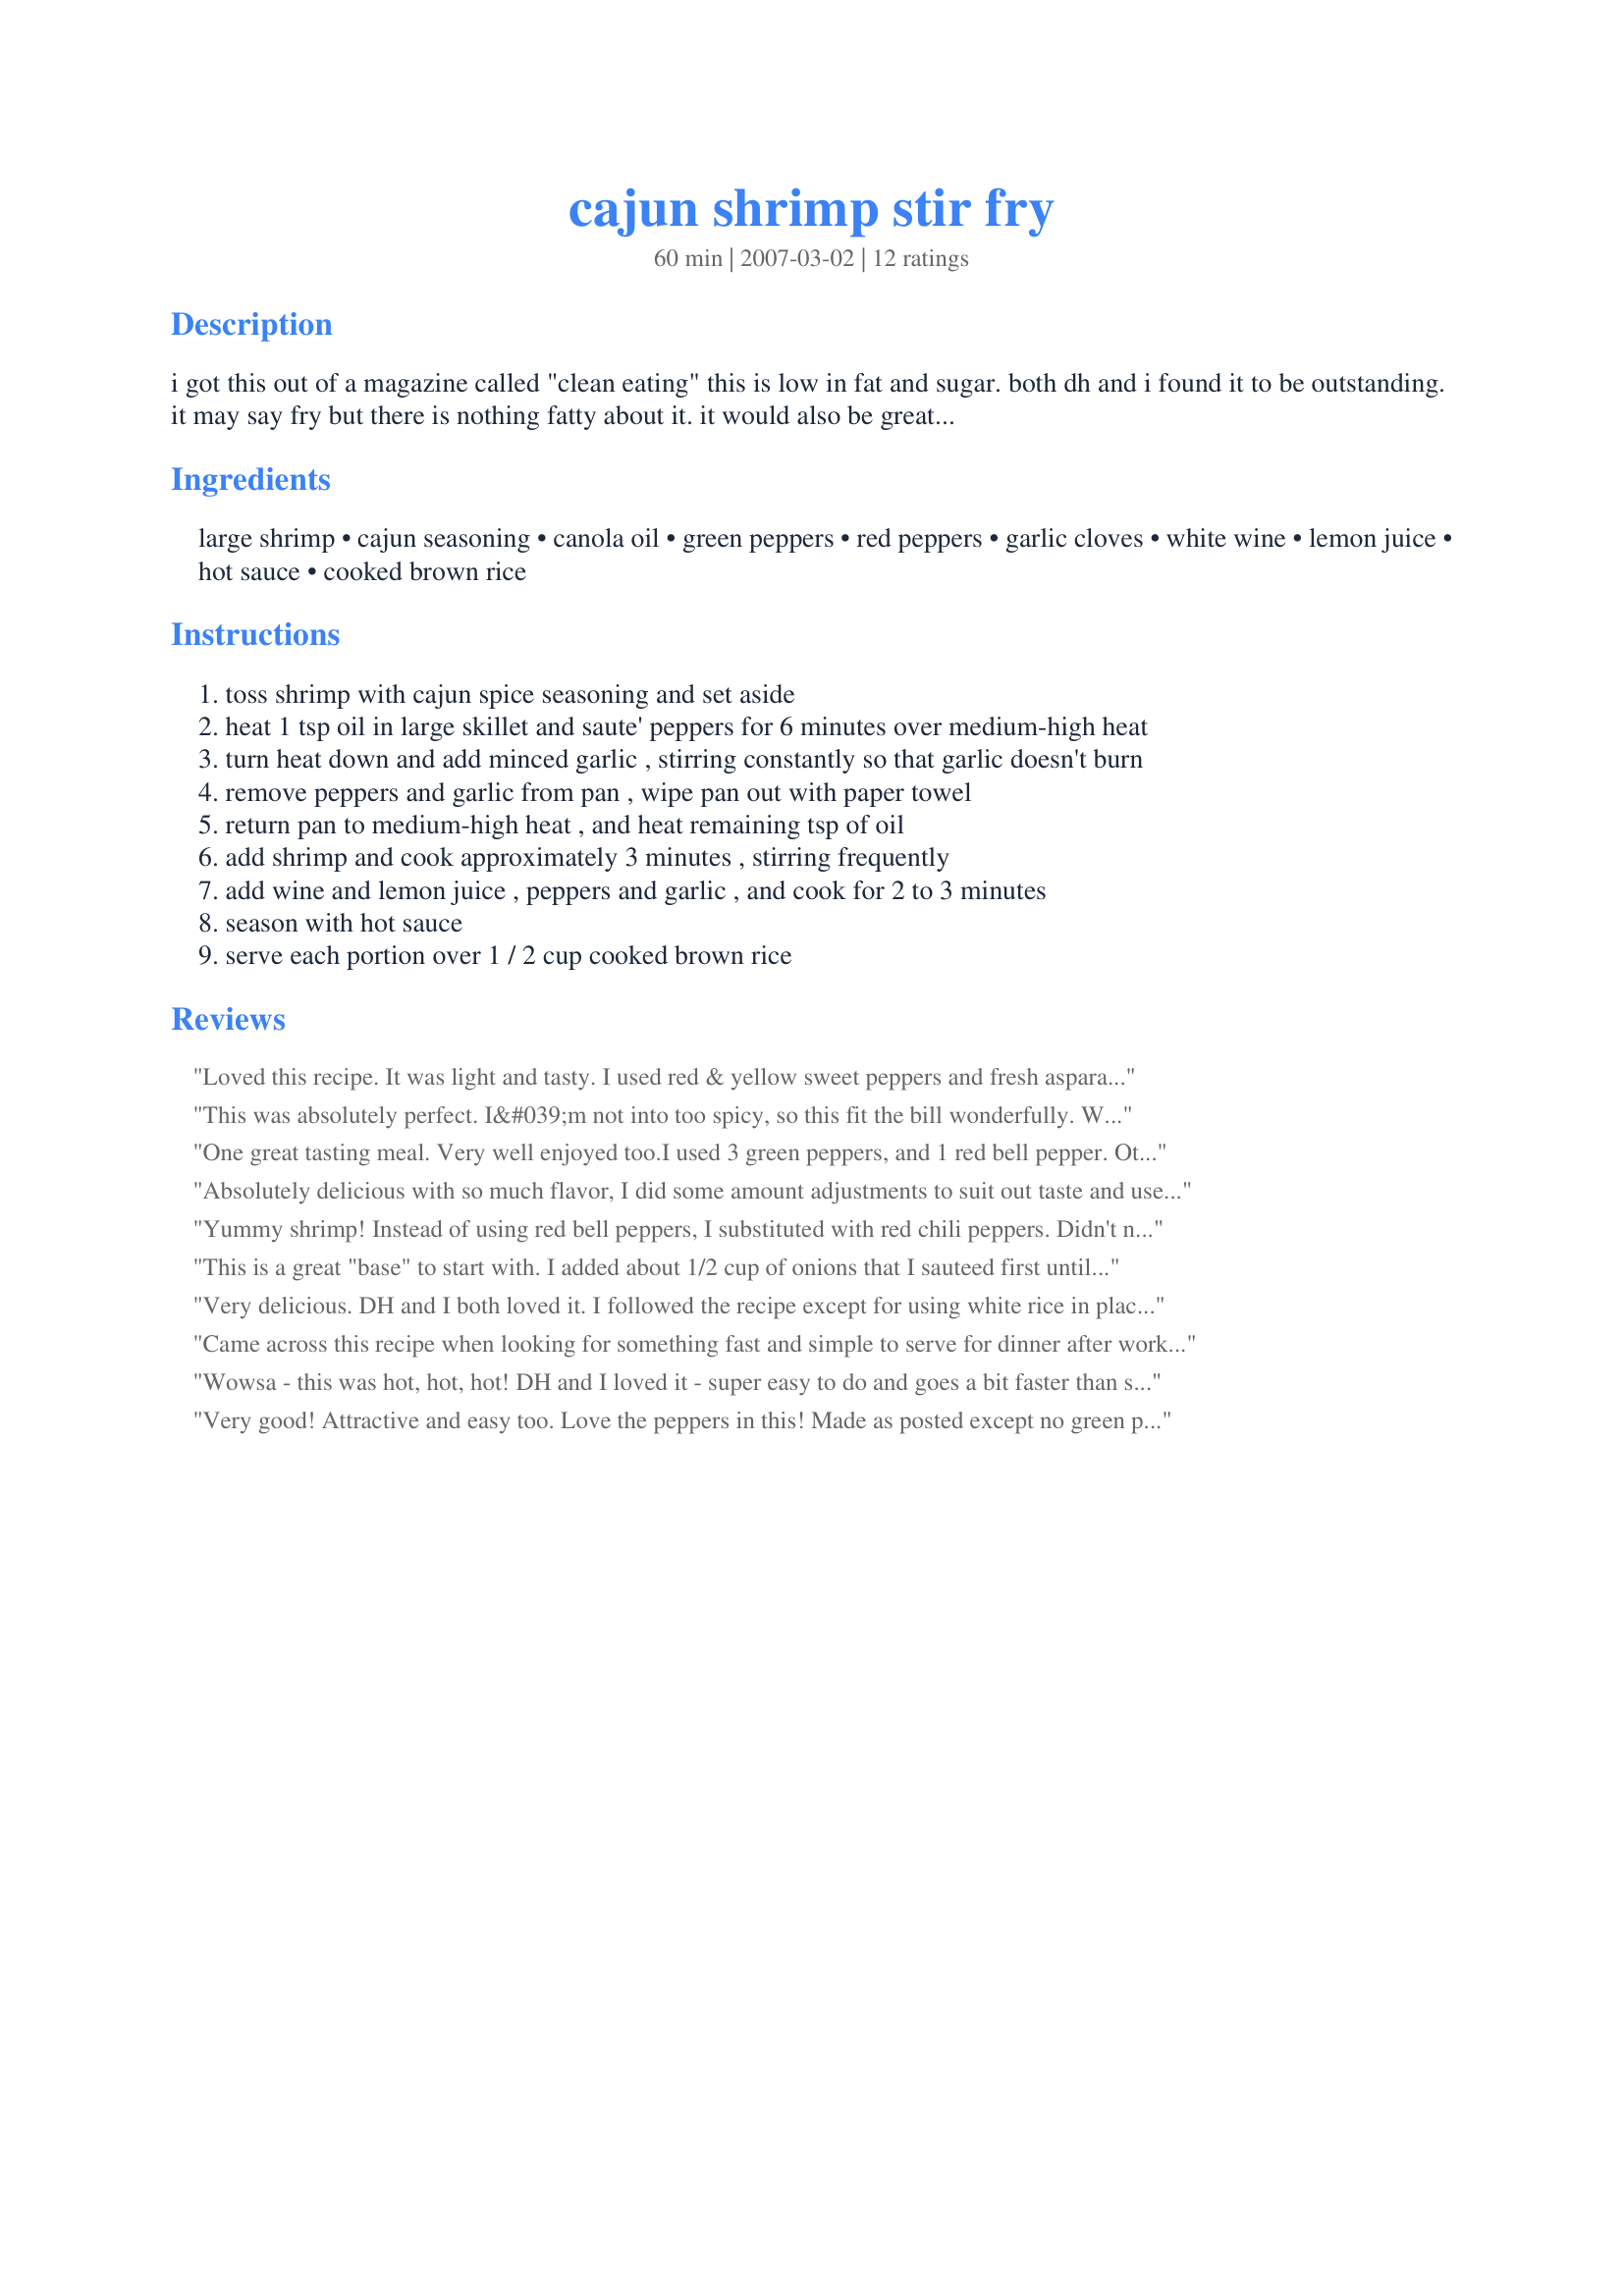
cajun shrimp stir fry
Preparation time: 60 minutes

i got this out of a magazine called "clean eating" this is low in fat and sugar. both dh and i found it to be outstanding. it may say fry but there is nothing fatty about it. it would also be great on the weight watchers program.

Ingredients:
large shrimp, cajun seasoning, canola oil, green peppers, red peppers, garlic cloves, white wine, lemon juice, hot sauce, cooked brown rice

Steps:
toss shrimp with cajun spice seasoning and set aside
heat 1 tsp oil in large skillet and saute' peppers for 6 minutes over medium-high heat
turn heat down and add minced garlic , stirring constantly so that garlic doesn't burn
remove peppers and garlic from pan , wipe pan out with paper towel
return pan to medium-high heat , and heat remaining tsp of oil
add shrimp and cook approximately 3 minutes , stirring frequently
add wine and lemon juice , peppers and garlic , and cook for 2 to 3 minutes
season with hot sauce
serve each portion over 1 / 2 cup cooked brown rice

Reviews:
Loved this recipe. It was light and tasty. I used red & yellow sweet peppers and fresh asparagus for the veggies. We found that the cajun spice was just the right amount of heat without adding any hot sauce. Subtle but definitely there. I am adding this recipe to my collection. We will definitely make it again. Thanks TeresaS.
This was absolutely perfect. I&#039;m not into too spicy, so this fit the bill wonderfully. We both agreed that I should make this again :)
Thanks for sharing!
Made for For Your Consideration
One great tasting meal. Very well enjoyed too.I used 3 green peppers, and 1 red bell pepper. Other than that recipe made as posted. Definately a repeater. Made for zaar Stars.
Absolutely delicious with so much flavor, I did some amount adjustments to suit out taste and used white rice, I used my recipe#186029 and double the amount to 2 tablespoons, we really enjoyed this tasty shrimp recipe, thanks for sharing Teresa!
Yummy shrimp! Instead of using red bell peppers, I substituted with red chili peppers. Didn't need the hot sauce then though some added it anyway. Lovely flavour with a wee bit of a bite. Will definitely be having again. We enjoyed this with an Australian Pinot Grigio. I'll be making and serving these as an appetizers as well.
This is a great "base" to start with. I added about 1/2 cup of onions that I sauteed first until almost caramelized, then the garlic, then red bell pepper, celery and mushrooms. I also used a bit more oil because I was using a cast iron frying pan. This is one of those "30 minute" meals that I especially love because it's very tasty.
Very delicious. DH and I both loved it. I followed the recipe except for using white rice in place of the brown rice. The directions were very accurate and easy to follow. Thanks for posting.
Came across this recipe when looking for something fast and simple to serve for dinner after working all day and just did not want to go out. This fit the bill and the taste was so fresh and the spices blended perfect with just the right amount of bite. I did add sliced onion rings that I sauted first, used red and yellow sweet peppers as that's what I had on hand and added about a tablespoon of fresh grated ginger served over steamed rice. YUM, what a taste sensation specially for something so low in fat and quick to prepare
Wowsa - this was hot, hot, hot! DH and I loved it - super easy to do and goes a bit faster than stated. DH accidentally used lime juice in place of lemon, but I think the end product was awesome. My package of shrimp was only 12oz, however, I didn't adjust the rest of the ingredients, we just went with it. Will be making again.
Very good! Attractive and easy too. Love the peppers in this! Made as posted except no green pepper. Thanks TeresaS for sharing. Made for Gimme 5.
Loved how easy this was. Spicy but not too spicy, would have maybe liked extra garlic.
This was super easy and super tasty! It really took less than 30 minutes to prepare. It has just the right amount of spice, and was a big hit. I&#039;ll definitely be making this again!
